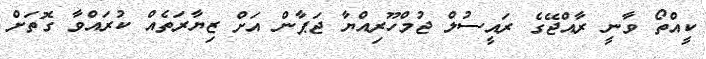
ކީއްތޯ ވާނީ ރާއްޖޭގެ ރައީސުލް ޖުމްހޫރިއްޔާ ޖަޕާން އަށް ޒިޔާރަތެއް ކުރައްވާ ގޮތަށް